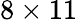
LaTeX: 8\times 11